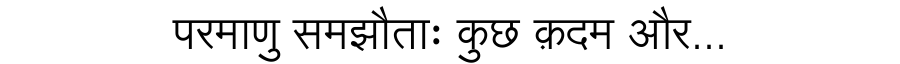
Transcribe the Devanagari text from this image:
परमाणु समझौताः कुछ क़दम और...